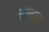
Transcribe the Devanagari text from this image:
अब्बाद